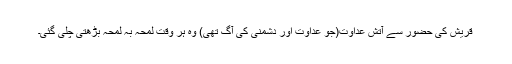
قریش کی حضورؐ سے آتش عداوت(جو عداوت اور دشمنی کی آگ تھی) وہ ہر وقت لمحہ بہ لمحہ بڑھتی چلی گئی۔